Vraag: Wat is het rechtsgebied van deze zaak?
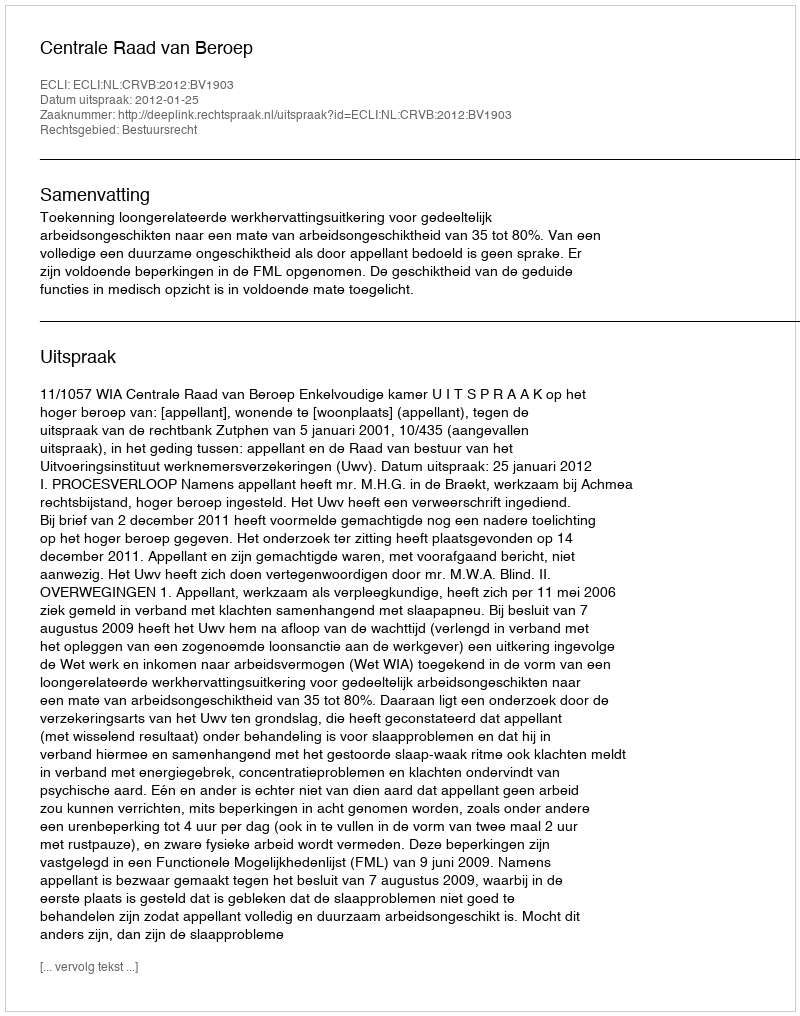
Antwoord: Bestuursrecht